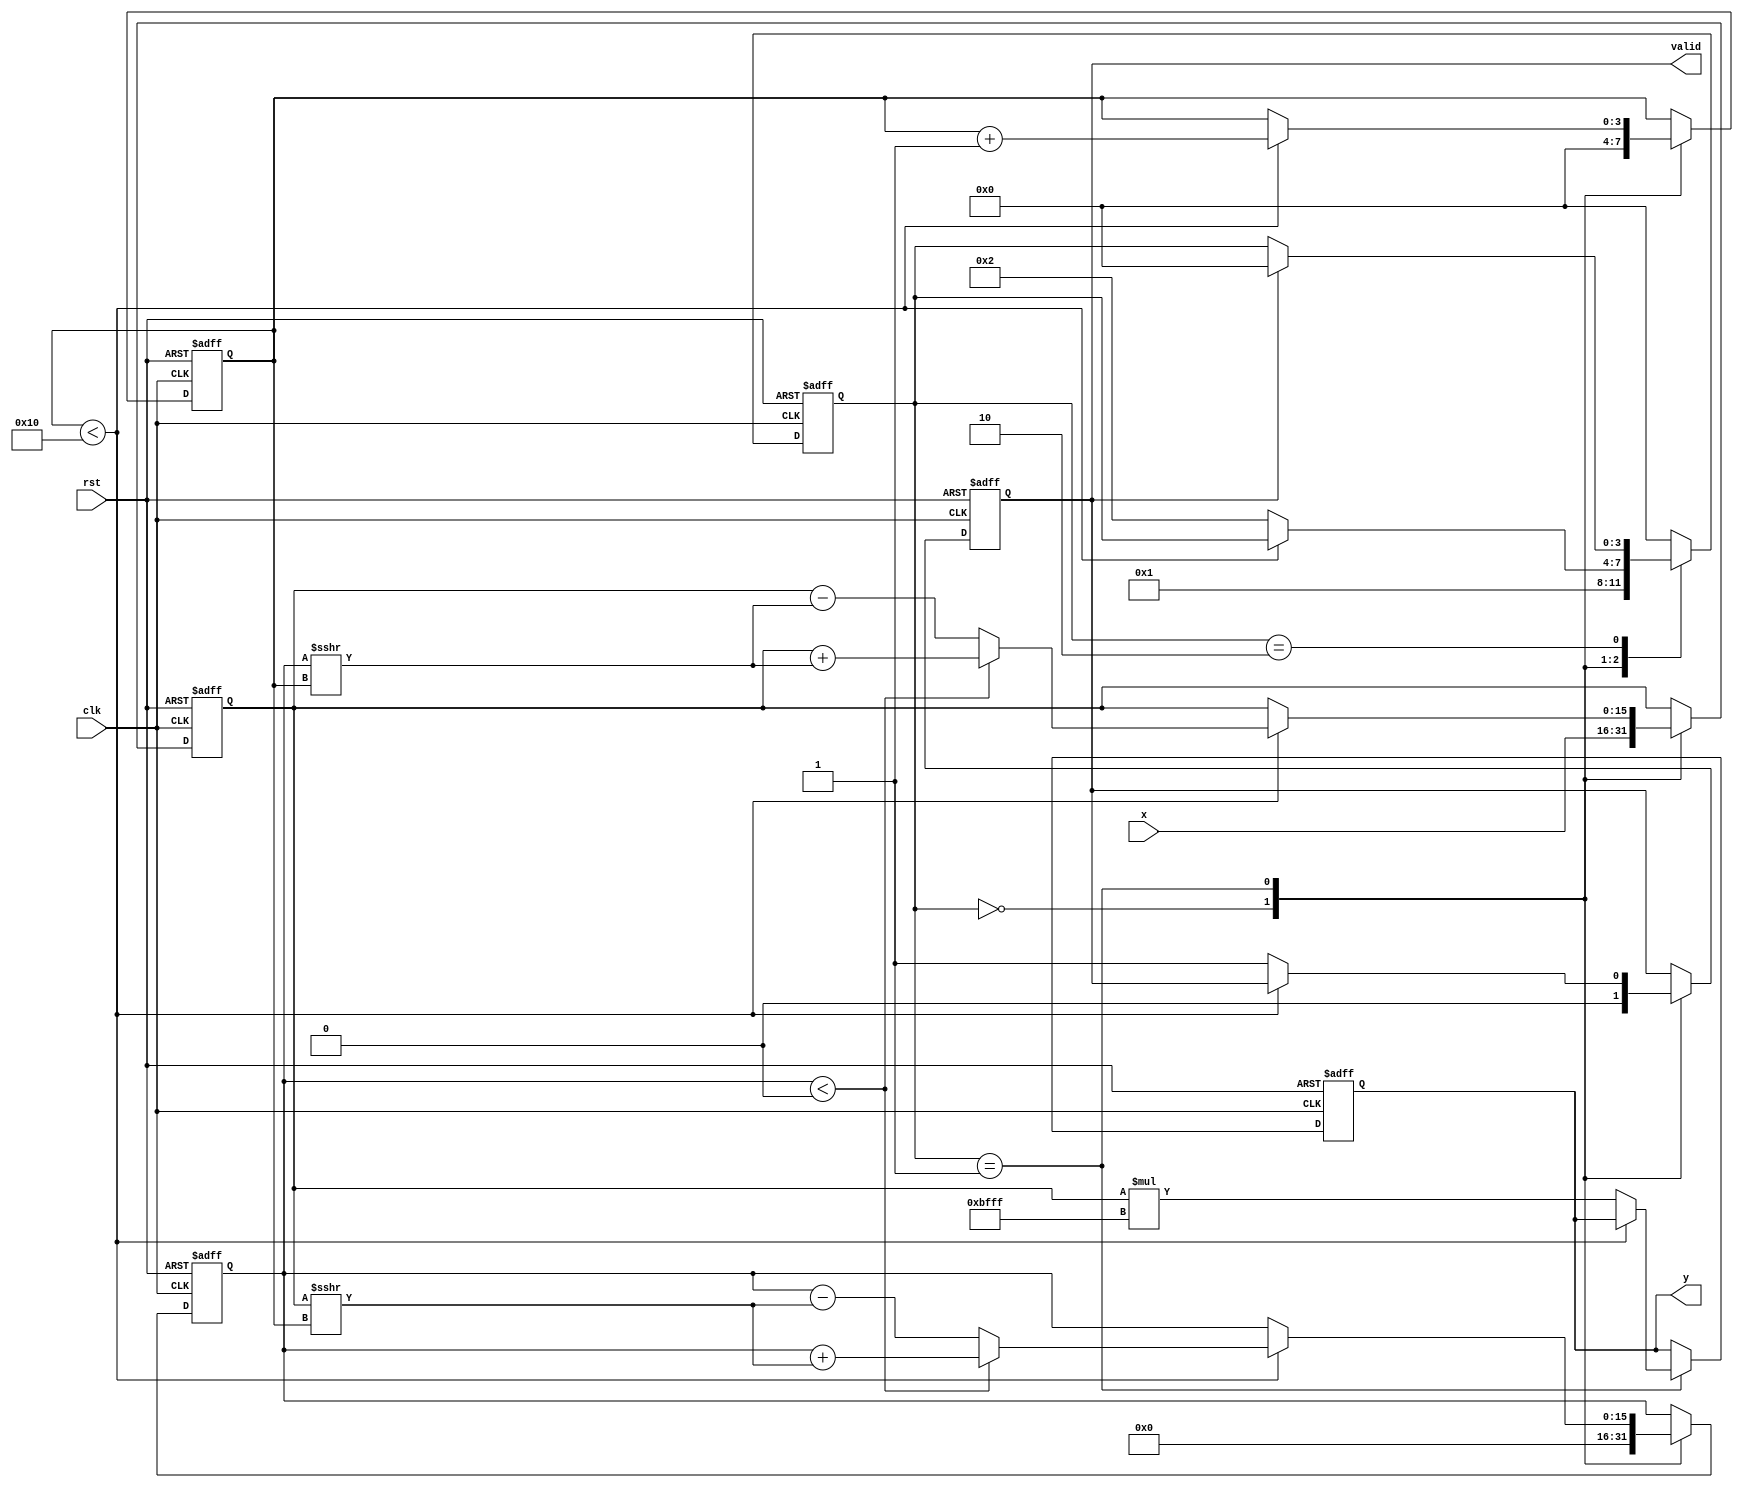
module cordic_reciprocal (
    input wire clk,
    input wire rst,
    input wire [15:0] x, // Fixed-point input (0, 1)
    output reg [15:0] y, // Fixed-point reciprocal output
    output reg valid
);

// Parameters
parameter NUM_ITERATIONS = 16; // Number of iterations for CORDIC
parameter FIXED_POINT_SCALE = 16'hBFFF; // Scaling factor (2^(-1))

// Internal signals
reg [15:0] x_reg, y_reg;
reg [15:0] angle_table [0:NUM_ITERATIONS-1];
reg [3:0] state;
reg [3:0] iteration_count;

// Initialization of angle lookup table (in fixed-point format)
initial begin
    angle_table[0] = 16'h1C71; // atan(0.5) in fixed-point representation
    angle_table[1] = 16'h14A7; // atan(0.25) in fixed-point representation
    angle_table[2] = 16'h0D93; // atan(0.125) in fixed-point representation
    angle_table[3] = 16'h08BA; // atan(0.0625) in fixed-point representation
    angle_table[4] = 16'h04FB; // atan(0.03125) in fixed-point representation
    angle_table[5] = 16'h027F; // atan(0.015625) in fixed-point representation
    angle_table[6] = 16'h013F; // atan(0.0078125) in fixed-point representation
    angle_table[7] = 16'h009A; // atan(0.00390625) in fixed-point representation
    angle_table[8] = 16'h004D; // atan(0.001953125) in fixed-point representation
    angle_table[9] = 16'h0026; // atan(0.0009765625) in fixed-point representation
    angle_table[10] = 16'h0013; // atan(0.00048828125) in fixed-point representation
    angle_table[11] = 16'h0009; // atan(0.000244140625) in fixed-point representation
    angle_table[12] = 16'h0004; // atan(0.0001220703125) in fixed-point representation
    angle_table[13] = 16'h0002; // atan(0.00006103515625) in fixed-point representation
    angle_table[14] = 16'h0001; // atan(0.000030517578125) in fixed-point representation
    angle_table[15] = 16'h0000; // Last iteration
end

// FSM for iteration control
always @(posedge clk or posedge rst) begin
    if (rst) begin
        state <= 0;
        iteration_count <= 0;
        y <= 0;
        valid <= 0;
        x_reg <= 0;
        y_reg <= 0;
    end else begin
        case (state)
            0: begin // Initialization state
                x_reg <= x; // Initialize x with input value
                y_reg <= 0; // Initialize y to 0
                iteration_count <= 0;
                valid <= 0;
                state <= 1; // Go to iteration state
            end
            
            1: begin // Iteration state
                if (iteration_count < NUM_ITERATIONS) begin
                    // Update coordinates based on the current angle
                    if (y_reg < 0) begin
                        x_reg <= x_reg + (y_reg >>> iteration_count);
                        y_reg <= y_reg + (x_reg >>> iteration_count);
                    end else begin
                        x_reg <= x_reg - (y_reg >>> iteration_count);
                        y_reg <= y_reg - (x_reg >>> iteration_count);
                    end
                    
                    // Update iteration count
                    iteration_count <= iteration_count + 1;
                end else begin
                    // Finalize output once iterations are done
                    y <= x_reg * FIXED_POINT_SCALE; // Scale the output
                    valid <= 1; // Set valid signal
                    state <= 2; // Go to output state
                end
            end
            
            2: begin // Output state
                // Wait for the next input
                if (valid) begin
                    state <= 0; // Go back to initialization state
                end
            end
            
            default: state <= 0; // Default case
        endcase
    end
end

endmodule